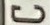
C